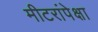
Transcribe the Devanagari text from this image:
मीटरांपेक्षा